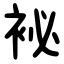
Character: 袐